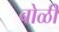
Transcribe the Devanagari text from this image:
बोळी